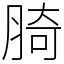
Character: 䐀